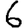
Digit: 6